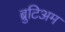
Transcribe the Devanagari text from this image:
ब्रुटिअम